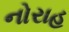
નોરાહ